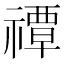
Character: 禫